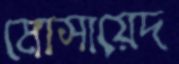
মোসায়েদ